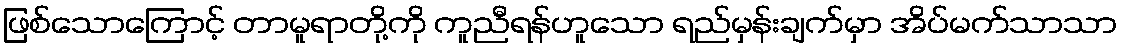
ဖြစ်သောကြောင့် တာမူရာတို့ကို ကူညီရန်ဟူသော ရည်မှန်းချက်မှာ အိပ်မက်သာသာ